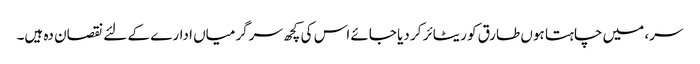
سر، میں چاہتا ہوں طارق کو ریٹائر کر دیا جائے اس کی کچھ سرگرمیاں ادارے کے لئے نقصان دہ ہیں۔